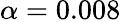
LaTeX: \alpha=0.008